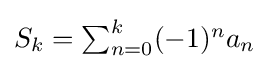
{\textstyle S_{k}=\sum _{n=0}^{k}(-1)^{n}a_{n}\!}